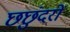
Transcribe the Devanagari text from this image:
छछुंदरों